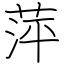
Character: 萍